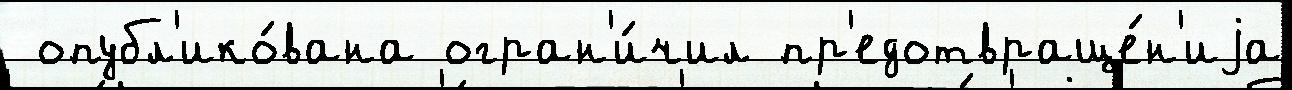
 опубл'ико́вана огран'и́чил пр'едотвраще́н'иjа